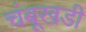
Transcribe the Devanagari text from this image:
चंबूखडी